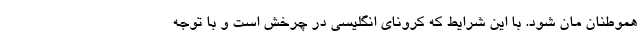
هموطنان مان شود. با این شرایط که کرونای انگلیسی در چرخش است و با توجه